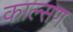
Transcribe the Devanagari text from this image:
काल्सण